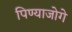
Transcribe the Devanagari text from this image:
पिण्याजोगे